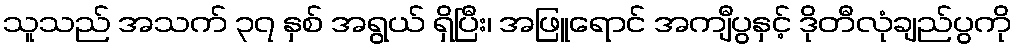
သူသည် အသက် ၃၇ နှစ် အရွယ် ရှိပြီး၊ အဖြူရောင် အကျီပွနှင့် ဒိုတီလုံချည်ပွကို